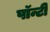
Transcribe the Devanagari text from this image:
पॉन्टी